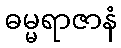
ဓမ္မရာဇာနံ